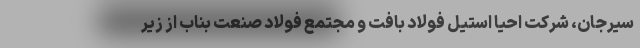
سیرجان، شرکت احیا استیل فولاد بافت و مجتمع فولاد صنعت بناب از زیر